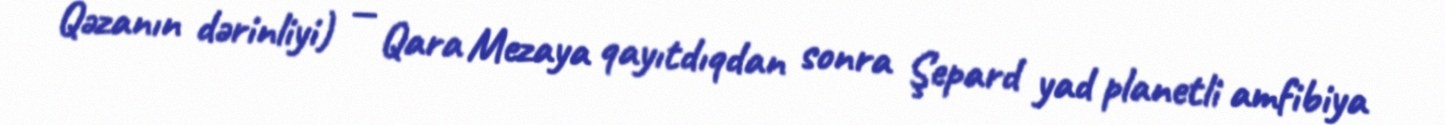
Qəzanın dərinliyi) — Qara Mezaya qayıtdıqdan sonra Şepard yad planetli amfibiya